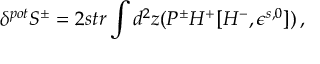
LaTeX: \delta ^ { p o t } S ^ { \pm } = 2 s t r \int d ^ { 2 } z ( P ^ { \pm } H ^ { + } [ H ^ { - } , \epsilon ^ { s , 0 } ] ) \, ,